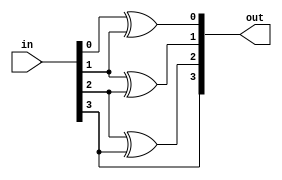
module binary_to_gray (in,out);
	input [3:0] in;
	output [3:0] out;
	assign out[0]=in[0]^in[1];
	assign out[1]=in[1]^in[2];
	assign out[2]=in[2]^in[3];
	assign out[3]=in[3];
endmodule